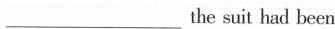
___the suit had been